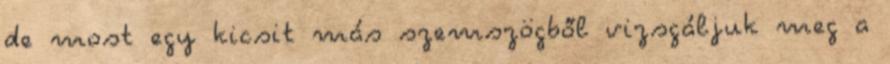
de most egy kicsit más szemszögből vizsgáljuk meg a